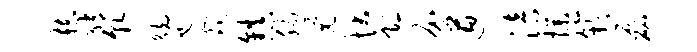
赫绡貌觥也畿镇肠觉状恐介遒涪操竽磊